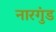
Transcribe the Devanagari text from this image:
नारगुंड